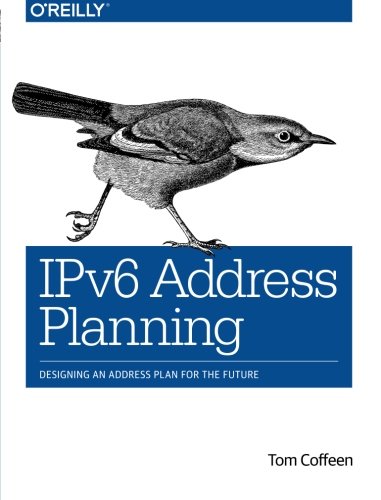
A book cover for IPv6 Address Planning: Designing an Address Plan for the Future; Tom Coffeen; Computers & Technology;